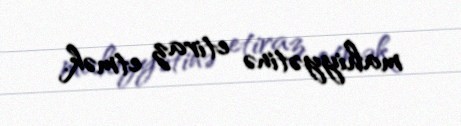
mahiyyətinə etiraz etmək.